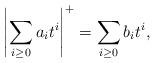
LaTeX: \begin{align*}\left | \sum_{i \ge 0} a_i t^i \right |^+ = \sum_{i \ge 0} b_i t^i,\end{align*}